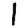
Digit: 1